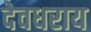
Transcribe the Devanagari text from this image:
देवधराय